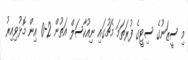
މި ސީޒަނުގެ ސިޓީގެ ފުރަތަމަ މެޗުގައި ނިއުކާސަލް އަތުން 2-0 އިން މޮޅުވިއިރު